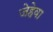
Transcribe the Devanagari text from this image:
जेहेवा